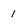
Character: 1